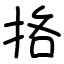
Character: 挌